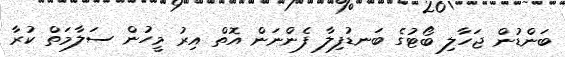
ބަންޑުން ޖަހާލި ބޯޓުގެ ބަނޑުފިލާ ފެންނަން އޮތް އިރު މީހުން ސަލާމަތް ކުރާ